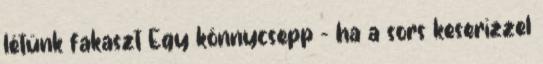
létünk fakaszt Egy könnycsepp - ha a sors keserízzel